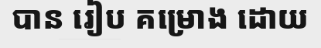
បាន រៀប គម្រោង ដោយ